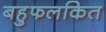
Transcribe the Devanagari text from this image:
बहुफलकित